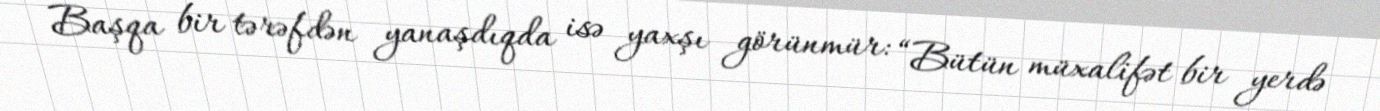
Başqa bir tərəfdən yanaşdıqda isə yaxşı görünmür: “Bütün müxalifət bir yerdə